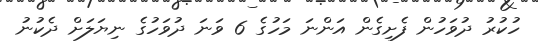
ހުކުރު ދުވަހުން ފެށިގެން އަންނަ މަހުގެ 6 ވަނަ ދުވަހުގެ ނިޔަލަށް ދެކުނު